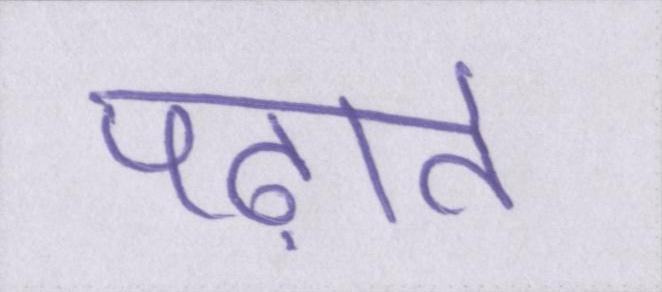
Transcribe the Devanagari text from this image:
पढ़ाते